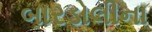
બારડોલીના